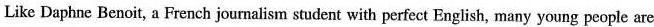
Like Daphne Benoit, a French journalism student with perfect English, many young people are